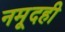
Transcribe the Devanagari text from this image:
नमूदही